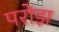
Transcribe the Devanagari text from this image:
परोझ